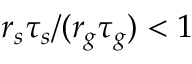
r _ { s } \tau _ { s } / ( r _ { g } \tau _ { g } ) < 1